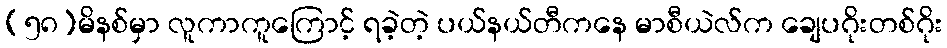
(၅၈)မိနစ်မှာ လူကာကူကြောင့် ရခဲ့တဲ့ ပယ်နယ်တီကနေ မာစီယဲလ်က ချေပဂိုးတစ်ဂိုး